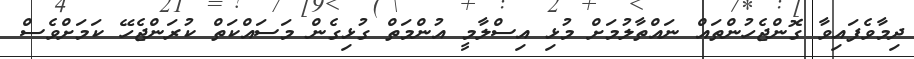
ދިމާވެފައިވާ ގޮންޖެހުންތައް ނައްތާލުމަށް މުޅި އިސްލާމީ އުންމަތް ގުޅިގެން މަސައްކަތް ކުރަންޖެހޭ ކަމަށްވެސް